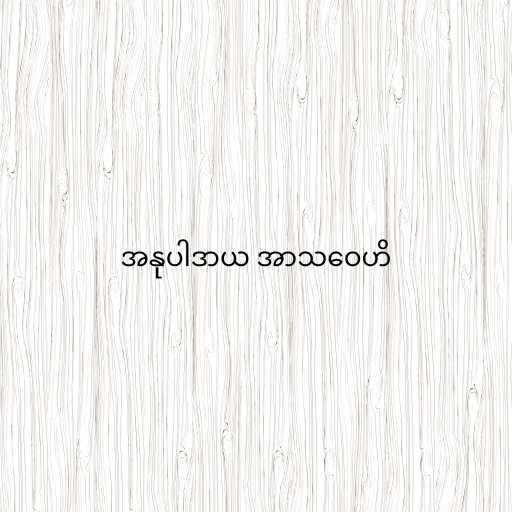
အနုပါဒာယ အာသဝေဟိ